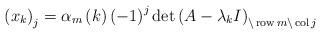
LaTeX: \begin{align*}\left( x_{k}\right) _{j}=\alpha_{m}\left( k\right) \left( -1\right)^{j}\det\left( A-\lambda_{k}I\right) _{\backslash\operatorname{row}m\backslash\operatorname{col}j} \end{align*}